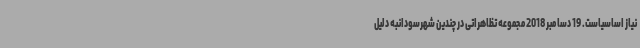
نیاز اساسیاست. 19 دسامبر 2018مجموعه تظاهراتی در چندین شهرسودانبه دلیل